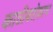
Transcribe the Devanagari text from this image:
काठीबरोबरच